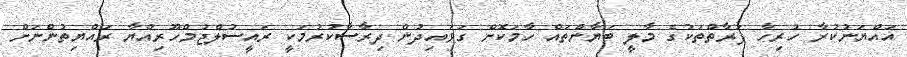
އައްޔަނުކުރާ ހުރިހާ ފަރާތްތަކުގެ މާލީ ބަޔާންތައް ހާމަކޮށް ގަވައިދުން ދިރާސާކުރުމަކީ ރައީސުލްޖުމްހޫރިއްޔާ ރައްޔިތުންނަށް